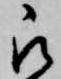
被